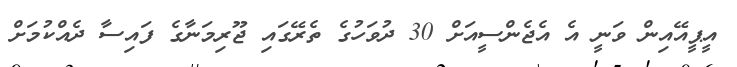
އީޕީއޭއިން ވަނީ އެ އެޖެންސީއަށް 30 ދުވަހުގެ ތެރޭގައި ޖޫރިމަނާގެ ފައިސާ ދެއްކުމަށް